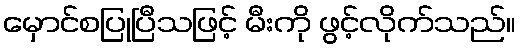
မှောင်စပြုပြီသဖြင့် မီးကို ဖွင့်လိုက်သည်။